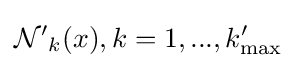
{\mathcal {N'}}_{k}(x),k=1,...,k'_{\max }